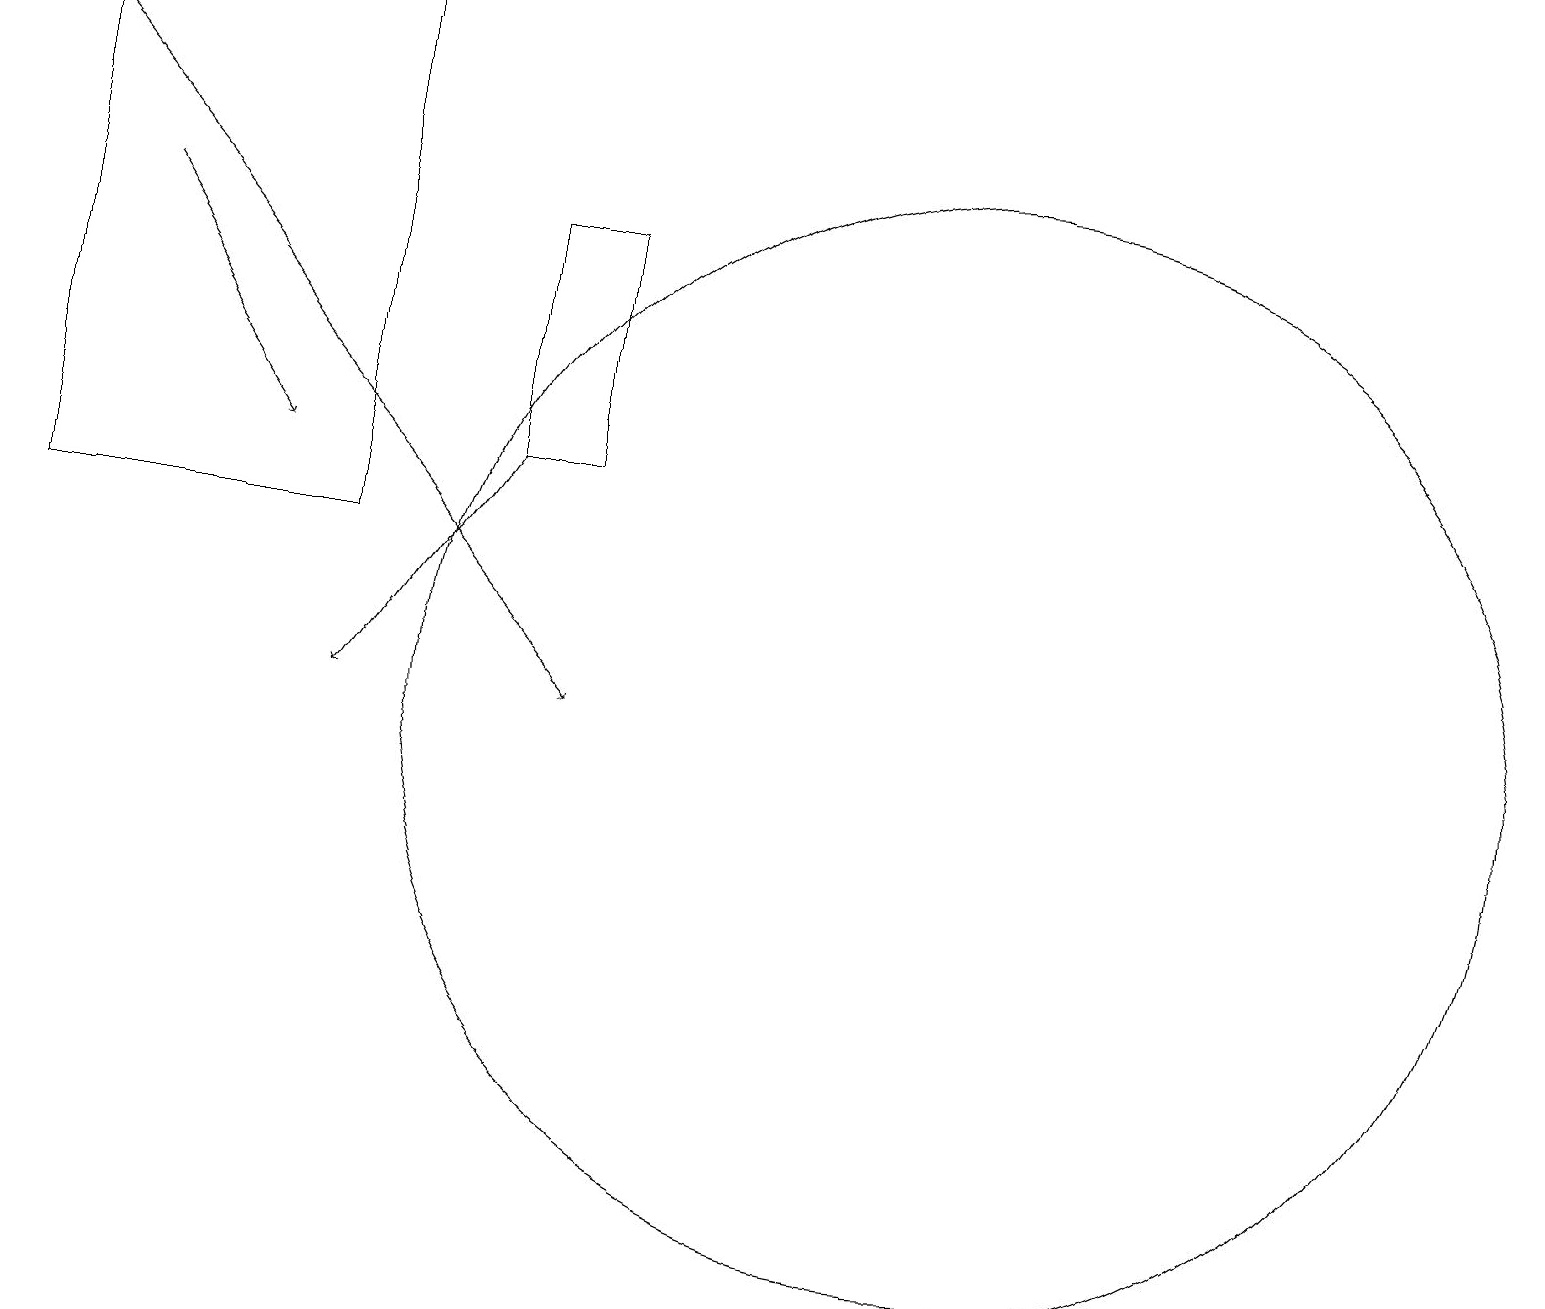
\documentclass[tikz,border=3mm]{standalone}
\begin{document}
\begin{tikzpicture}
\draw[->] (6,13) -- (4,10);
\draw[->] (0,18) -- (7,10);
\draw (4,19) rectangle (0,12);
\draw (12,10) circle (7);
\draw (6,13) rectangle (7,16);
\draw[->] (1,16) -- (3,13);
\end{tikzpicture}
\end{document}